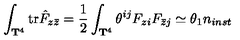
\int _ { { \bf T } ^ { 4 } } \mathrm { t r } \hat { F } _ { z \bar { z } } = { \frac { 1 } { 2 } } \int _ { { \bf T } ^ { 4 } } \theta ^ { i j } F _ { z i } F _ { \bar { z } j } \simeq \theta _ { 1 } n _ { i n s t }